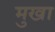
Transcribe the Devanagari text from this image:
मुखा